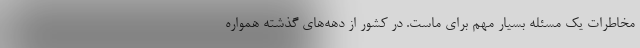
مخاطرات یک مسئله بسیار مهم برای ماست. در کشور از دهه‌های گذشته همواره